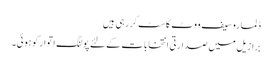
ڈِلما روسیف ووٹ کاسٹ کر رہی ہیں
برازیل میں صدارتی انتخابات کے لئے پولنگ اتوار کو ہوئی۔